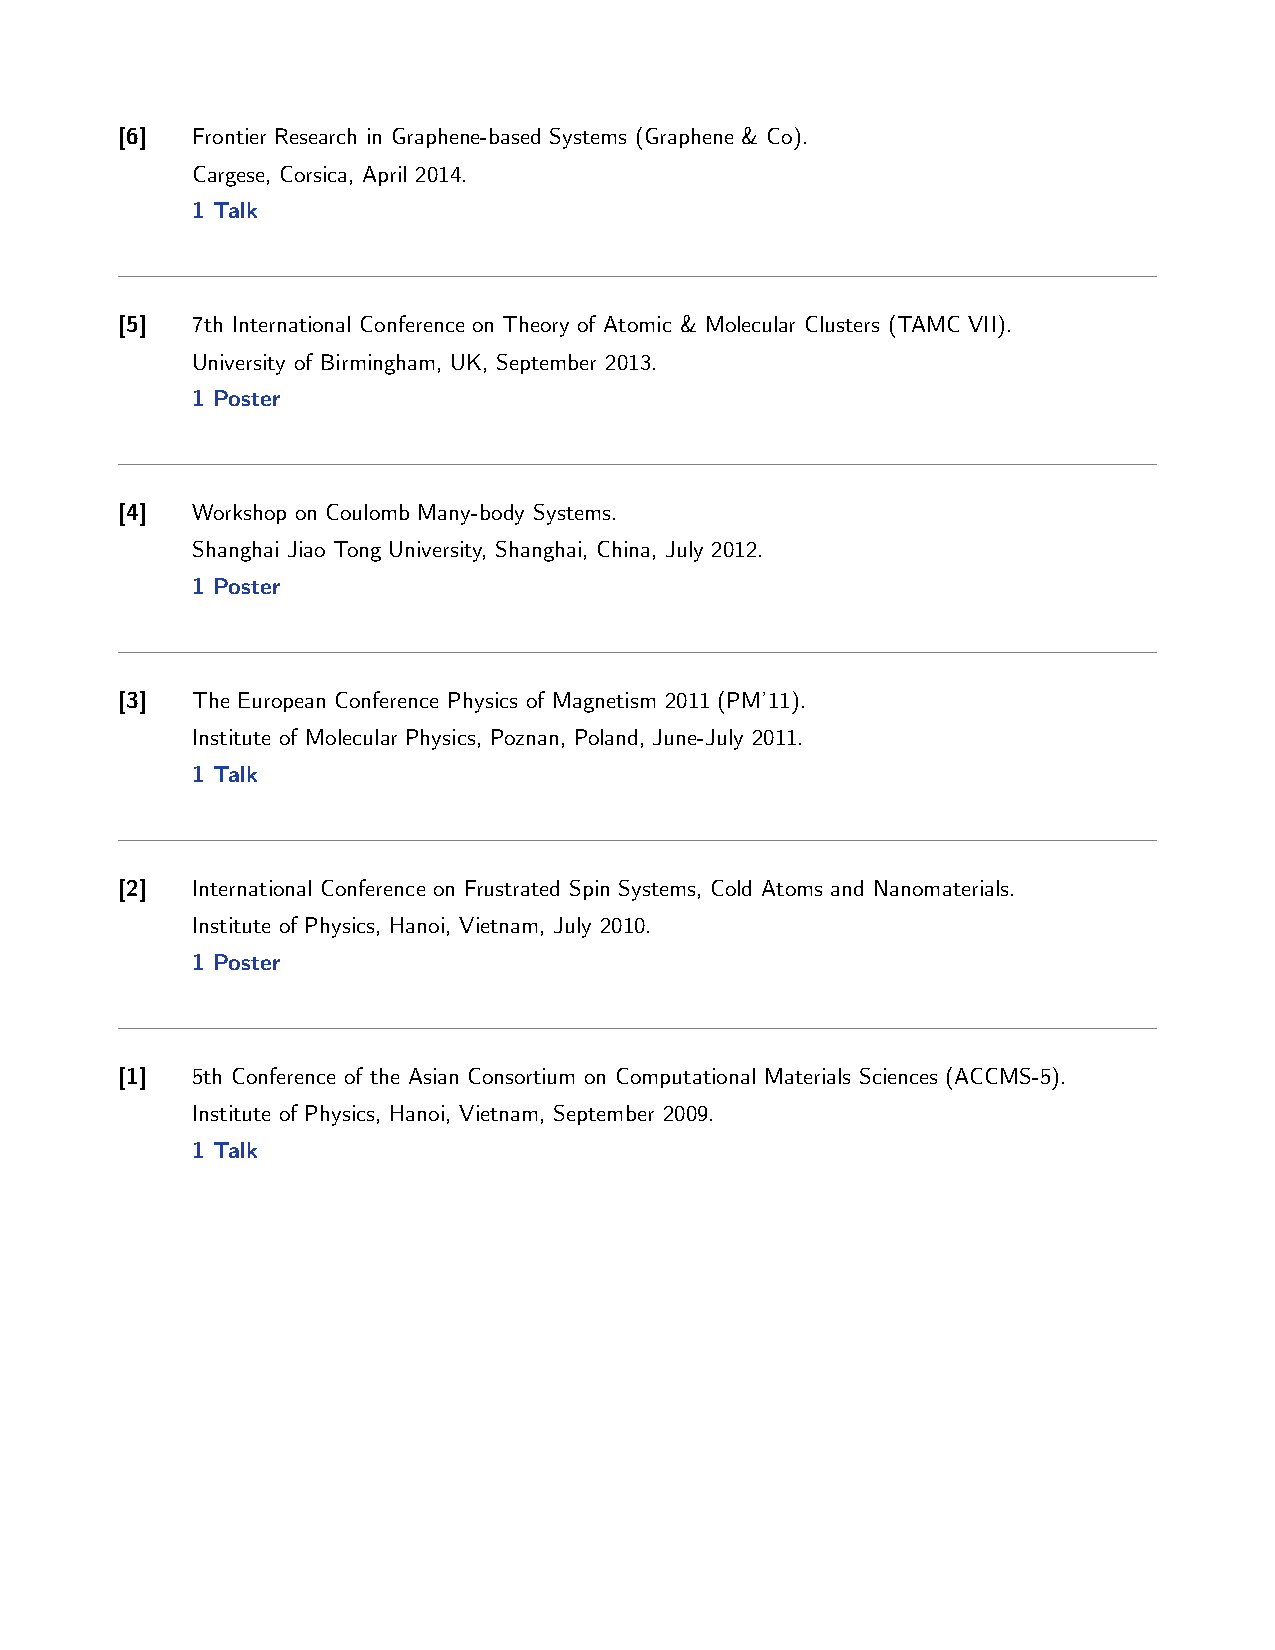
[6]  Frontier Research in Graphene-based Systems (Graphene & Co).
 Cargese, Corsica, April 2014.
 1 Talk
 [5]  7th International Conference on Theory of Atomic & Molecular Clusters (TAMC VII).
 University of Birmingham, UK, September 2013.
 1 Poster
 [4]  Workshop on Coulomb Many-body Systems.
 Shanghai Jiao Tong University, Shanghai, China, July 2012.
 1 Poster
 [3]  The European Conference Physics of Magnetism 2011 (PM’11).
 Institute of Molecular Physics, Poznan, Poland, June-July 2011.
 1 Talk
 [2]  International Conference on Frustrated Spin Systems, Cold Atoms and Nanomaterials.
 Institute of Physics, Hanoi, Vietnam, July 2010.
 1 Poster
 [1]  5th Conference of the Asian Consortium on Computational Materials Sciences (ACCMS-5).
 Institute of Physics, Hanoi, Vietnam, September 2009.
 1 Talk